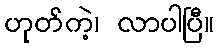
ဟုတ်ကဲ့၊ လာပါပြီ။